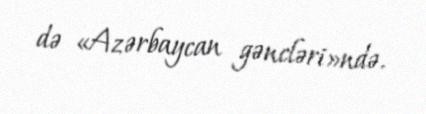
də «Azərbaycan gəncləri»ndə.